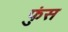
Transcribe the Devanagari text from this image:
फुंस